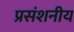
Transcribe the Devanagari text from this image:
प्रसंशनीय